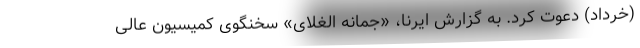
(خرداد) دعوت کرد. به گزارش ایرنا، «جمانه الغلای» سخنگوی کمیسیون عالی